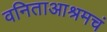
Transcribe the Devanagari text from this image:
वनिताआश्रमचं